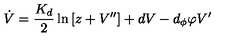
\dot { V } = \frac { K _ { d } } { 2 } \ln \left[ z + V ^ { \prime \prime } \right] + d V - d _ { \phi } \varphi V ^ { \prime }